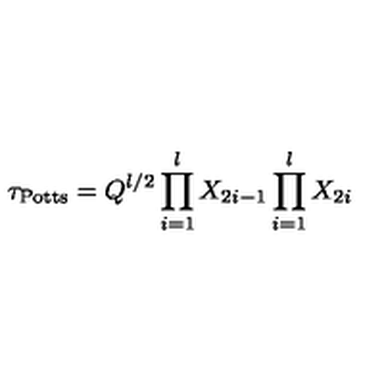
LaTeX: \tau _ { \mathrm { P o t t s } } = Q ^ { l / 2 } \prod _ { i = 1 } ^ { l } X _ { 2 i - 1 } \prod _ { i = 1 } ^ { l } X _ { 2 i }